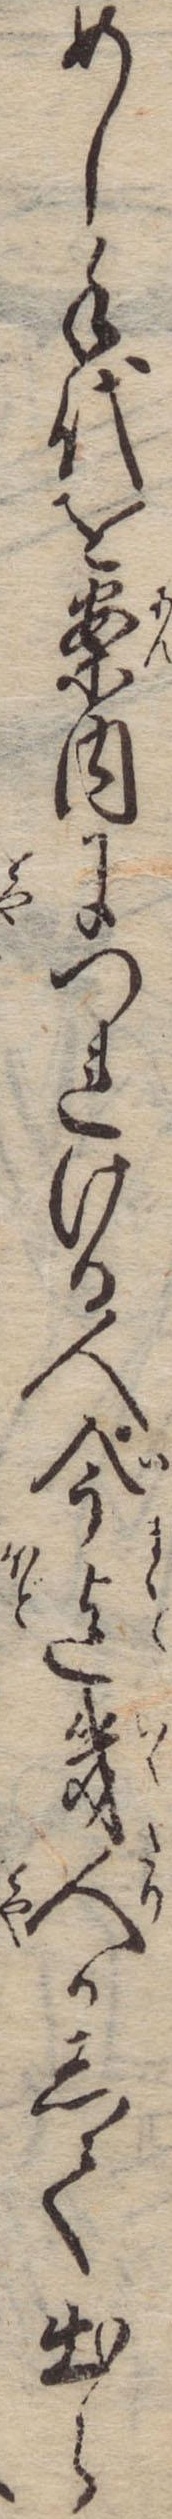
めし手代を案内につれける人今迄幾人かして出ら